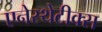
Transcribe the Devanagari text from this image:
एनेस्थेटीक्स